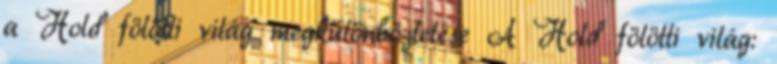
a Hold fölötti világ megkülönböztetése A Hold fölötti világ: